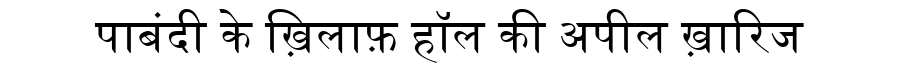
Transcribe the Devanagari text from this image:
पाबंदी के ख़िलाफ़ हॉल की अपील ख़ारिज